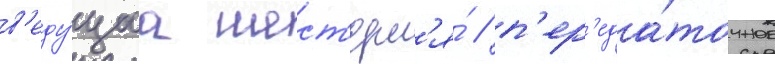
в'еду́щаа шест'ерн'я́ / п'ер'еда́точное